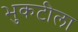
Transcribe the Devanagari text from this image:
भुकटीला